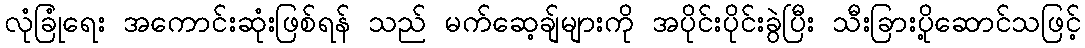
လုံခြုံရေး အကောင်းဆုံးဖြစ်ရန် သည် မက်ဆေ့ချ်များကို အပိုင်းပိုင်းခွဲပြီး သီးခြားပို့ဆောင်သဖြင့်